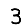
Digit: 3